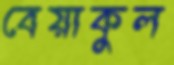
বেয়াকুল